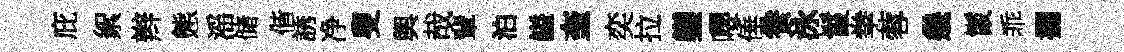
庇絮辫態滛储偕誘净叟輿哉輩泊謚奎奕拉鑾嚶倕飬泳鬣拳蓉㡬鬛乖攔